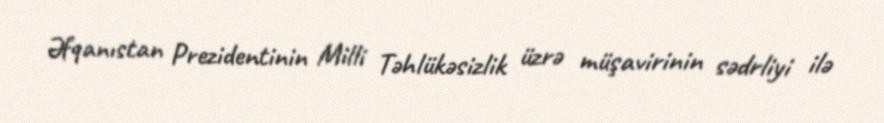
Əfqanıstan Prezidentinin Milli Təhlükəsizlik üzrə müşavirinin sədrliyi ilə